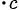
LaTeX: ._{c}